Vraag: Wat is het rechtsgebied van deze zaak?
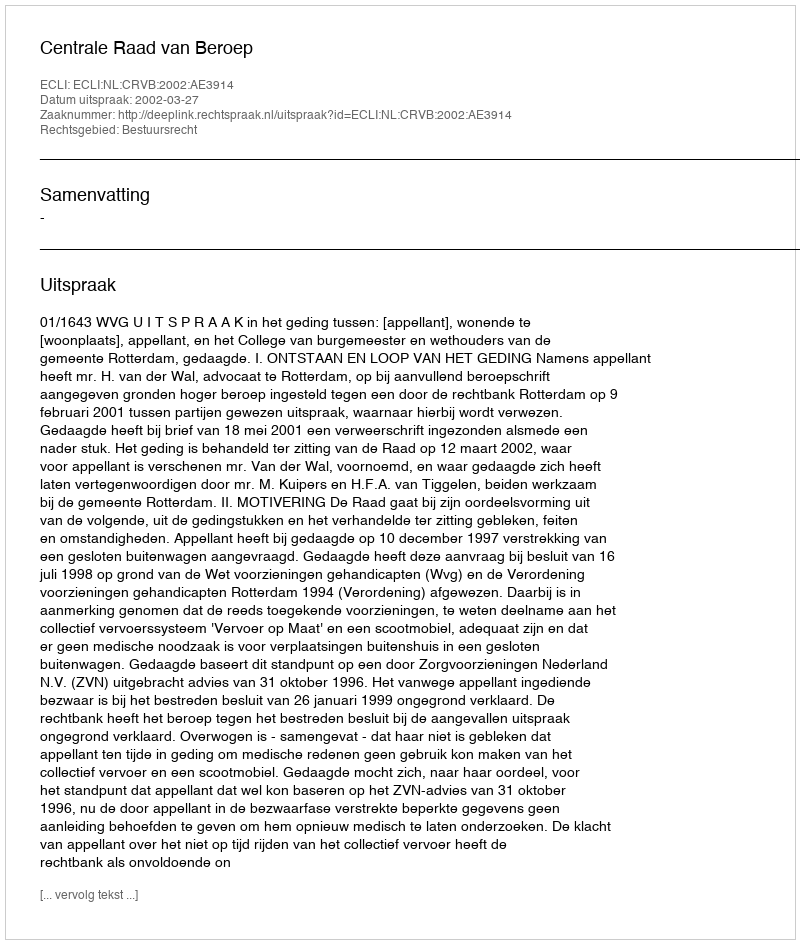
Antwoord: Bestuursrecht